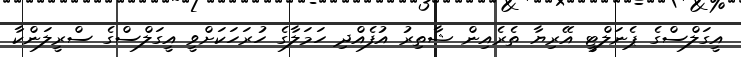
އީގަލްސްގެ ޕެނަލްޓީ އޭރިޔާ ތެރެއިން ޝާތިރު އުފެއްދި ހަމަލާގެ ހުރަހަކަށްވީ އީގަލްސްގެ ސްރީލަންކާ